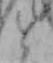
と